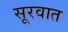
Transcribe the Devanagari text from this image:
सूरवात